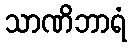
သာဏိဘာရံ